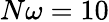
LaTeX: N\omega=10